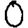
Digit: 0